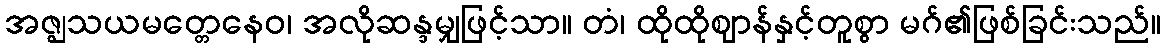
အဇ္ဈသယမတ္တေနေဝ၊ အလိုဆန္ဒမျှဖြင့်သာ။ တံ၊ ထိုထိုဈာန်နှင့်တူစွာ မဂ်၏ဖြစ်ခြင်းသည်။